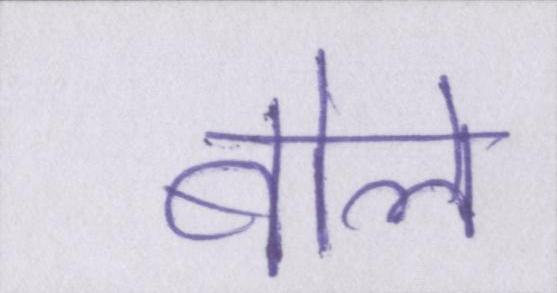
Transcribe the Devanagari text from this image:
बोले